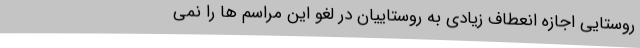
روستایی اجازه انعطاف زیادی به روستاییان در لغو این مراسم ها را نمی